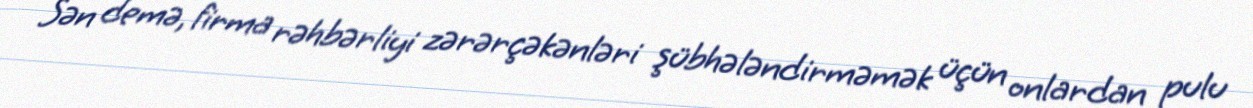
Sən demə, firma rəhbərliyi zərərçəkənləri şübhələndirməmək üçün onlardan pulu